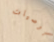
توصيات